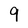
Character: q